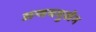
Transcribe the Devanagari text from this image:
अन्वयमुखेन